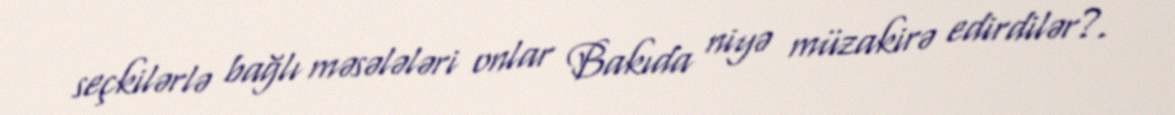
seçkilərlə bağlı məsələləri onlar Bakıda niyə müzakirə edirdilər?.